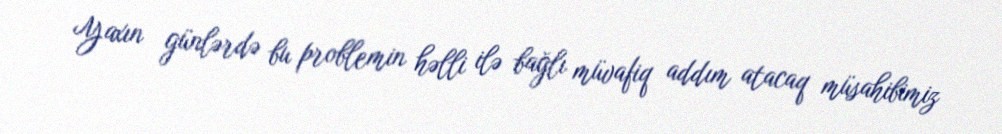
Yaxın günlərdə bu problemin həlli ilə bağlı müvafiq addım atacaq müsahibimiz